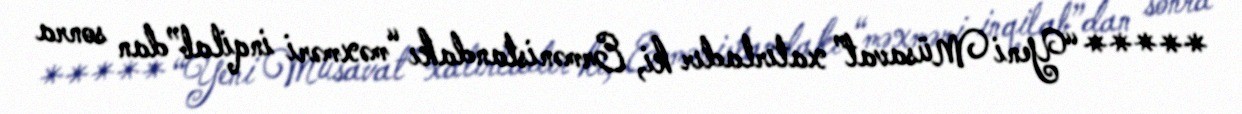
***** “Yeni Müsavat” xatırladır ki, Ermənistandakı “məxməri inqilab”dan sonra